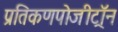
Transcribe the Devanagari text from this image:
प्रतिकणपोजीट्रॉन